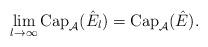
LaTeX: \begin{align*} \lim_{l\to \infty} \mbox{Cap}_{\mathcal{A}} (\hat E_l) = \mbox{Cap}_{\mathcal{A}} (\hat E) . \end{align*}